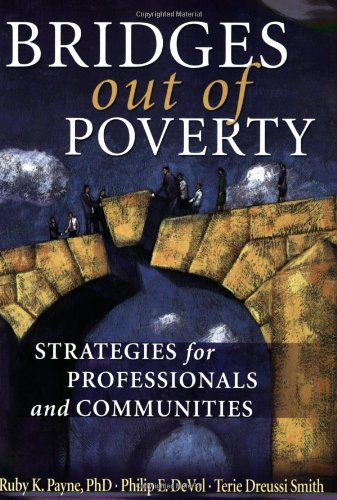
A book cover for Bridges Out of Poverty: Strategies for Professionals and Communities; Ruby K. Payne; Politics & Social Sciences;